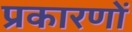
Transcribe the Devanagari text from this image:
प्रकारणों